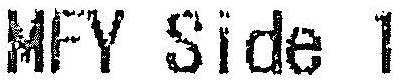
MFY SIDE 1